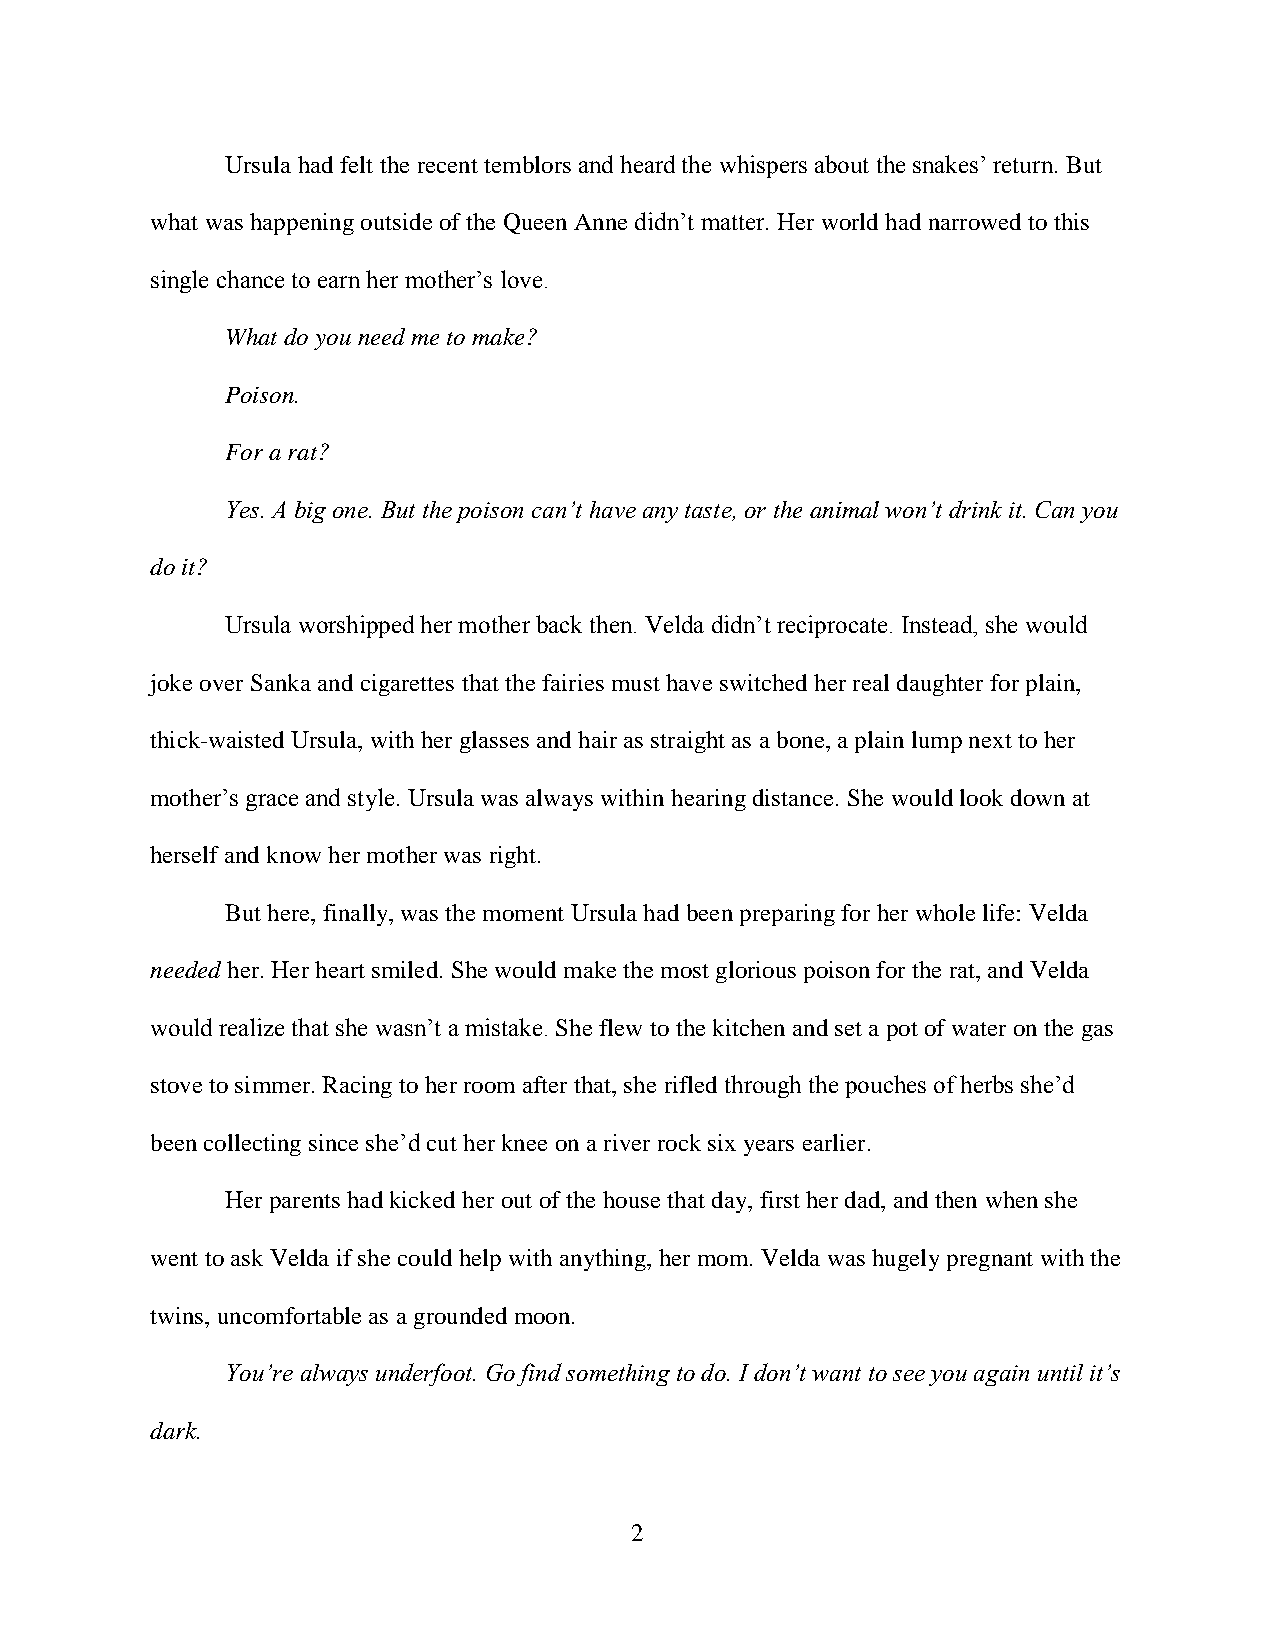
Ursula had felt the recent temblors and heard the whispers about the snakes’ return. But
 what was happening outside of the Queen Anne didn’t matter. Her world had narrowed to this
 single chance to earn her mother’s love.
 What do you need me to make?
 Poison.
 For a rat?
 Yes. A big one. But the poison can’t have any taste, or the animal won’t drink it. Can you
 do it?
 Ursula worshipped her mother back then. Velda didn’t reciprocate. Instead, she would
 joke over Sanka and cigarettes that the fairies must have switched her real daughter for plain,
 thick-waisted Ursula, with her glasses and hair as straight as a bone, a plain lump next to her
 mother’s grace and style. Ursula was always within hearing distance. She would look down at
 herself and know her mother was right.
 But here, finally, was the moment Ursula had been preparing for her whole life: Velda
 needed her. Her heart smiled. She would make the most glorious poison for the rat, and Velda
 would realize that she wasn’t a mistake. She flew to the kitchen and set a pot of water on the gas
 stove to simmer. Racing to her room after that, she rifled through the pouches of herbs she’d
 been collecting since she’d cut her knee on a river rock six years earlier.
 Her parents had kicked her out of the house that day, first her dad, and then when she
 went to ask Velda if she could help with anything, her mom. Velda was hugely pregnant with the
 twins, uncomfortable as a grounded moon.
 You’re always underfoot. Go find something to do. I don’t want to see you again until it’s
 dark.
 2